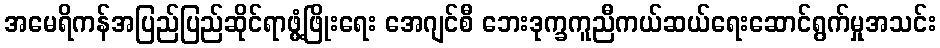
အမေရိကန်အပြည်ပြည်ဆိုင်ရာဖွံ့ဖြိုးရေး အေဂျင်စီ ဘေးဒုက္ခကူညီကယ်ဆယ်ရေးဆောင်ရွက်မှုအသင်း